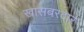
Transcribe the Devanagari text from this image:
खासबरदार